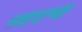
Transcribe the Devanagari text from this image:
सईदांची